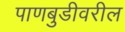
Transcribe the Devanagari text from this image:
पाणबुडीवरील